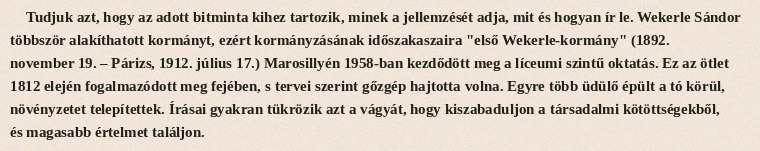
Tudjuk azt, hogy az adott bitminta kihez tartozik, minek a jellemzését adja, mit és hogyan ír le. Wekerle Sándor többször alakíthatott kormányt, ezért kormányzásának időszakaszaira "első Wekerle-kormány" (1892. november 19. – Párizs, 1912. július 17.) Marosillyén 1958-ban kezdődött meg a líceumi szintű oktatás. Ez az ötlet 1812 elején fogalmazódott meg fejében, s tervei szerint gőzgép hajtotta volna. Egyre több üdülő épült a tó körül, növényzetet telepítettek. Írásai gyakran tükrözik azt a vágyát, hogy kiszabaduljon a társadalmi kötöttségekből, és magasabb értelmet találjon.